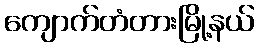
ကျောက်တံတားမြို့နယ်